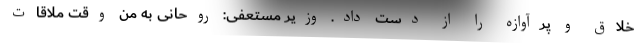
خلاق و پرآوازه را از دست داد. وزیر مستعفی: روحانی به من وقت ملاقات